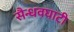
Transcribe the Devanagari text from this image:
सैन्धवघाटी